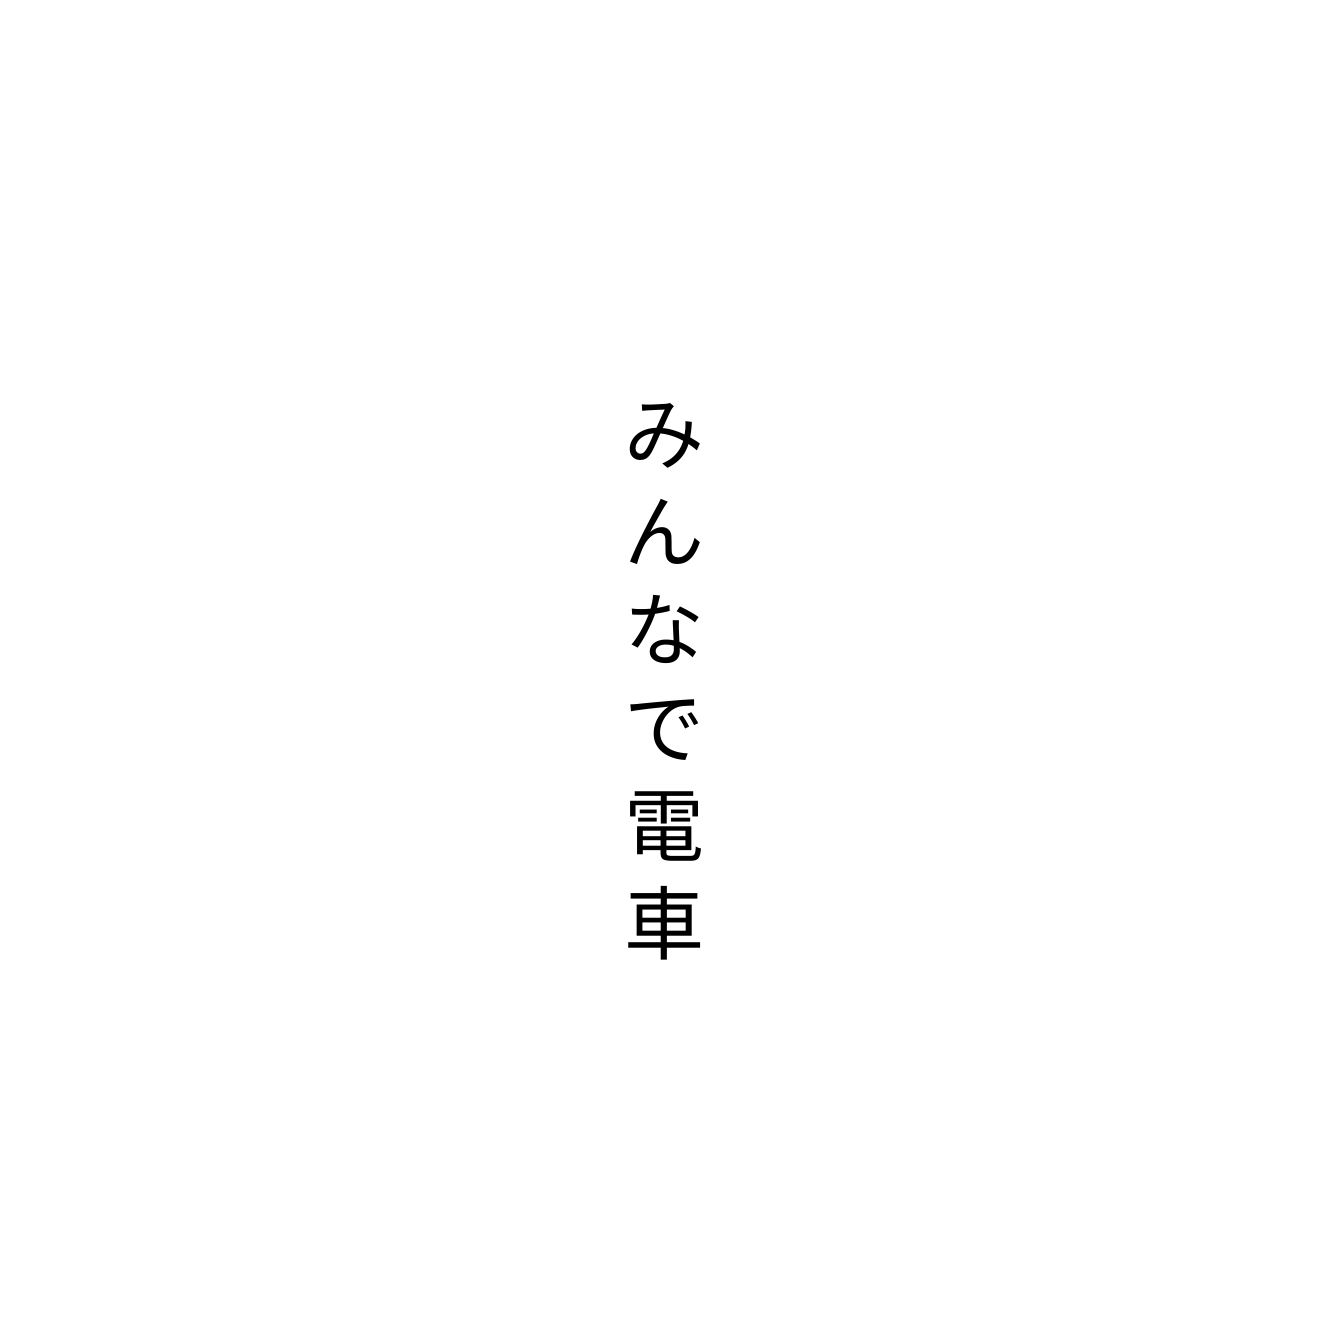
みんなで電車